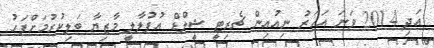
އަދި 2014 ވަނަ އަހަރު ނިއުއިން ޗެރިޓީ ޝީލްޑް އުފުލާލީ މާޒިޔާ ބަލިކުރުމަށްފަހު